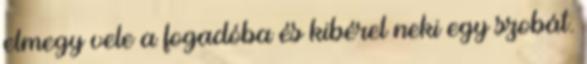
elmegy vele a fogadóba és kibérel neki egy szobát.